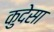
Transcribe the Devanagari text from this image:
कुदेसा